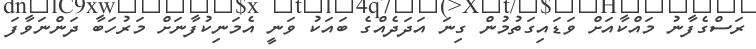
ރަސްގެފާނު މައްކާއަށް ވަޑައިގަތުމުން ގިނަ އަދަދެއްގެ ބައަކު ވަނީ އެމަނިކުފާނަށް މަރުހަބާ ދަންނަވާފަ